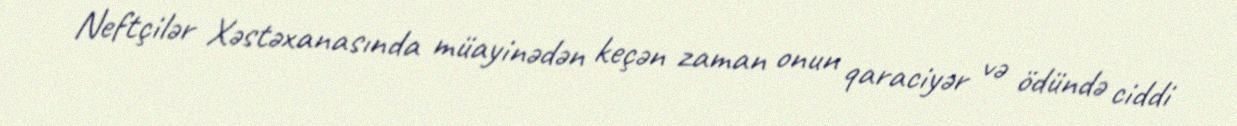
Neftçilər Xəstəxanasında müayinədən keçən zaman onun qaraciyər və ödündə ciddi